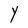
Character: Y